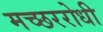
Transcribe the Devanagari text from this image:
मच्छररोधी